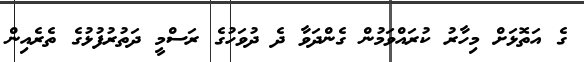
ގެ އަތޮޅަށް މިހާރު ކުރައްވަމުން ގެންދަވާ ދެ ދުވަހުގެ ރަސްމީ ދަތުރުފުޅުގެ ތެރެއިން